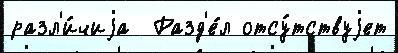
разл'и́чиjа  Разд'е́л отсу́тствуjет